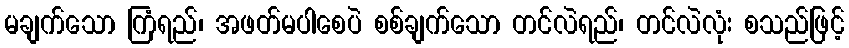
မချက်သော ကြံရည်၊ အဖတ်မပါစေပဲ စစ်ချက်သော တင်လဲရည်၊ တင်လဲလုံး စသည်ဖြင့်